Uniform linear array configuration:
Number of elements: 24
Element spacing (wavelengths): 0.75
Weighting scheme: hann
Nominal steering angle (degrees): -30
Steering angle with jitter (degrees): -30.951
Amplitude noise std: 0.05
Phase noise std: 0.05

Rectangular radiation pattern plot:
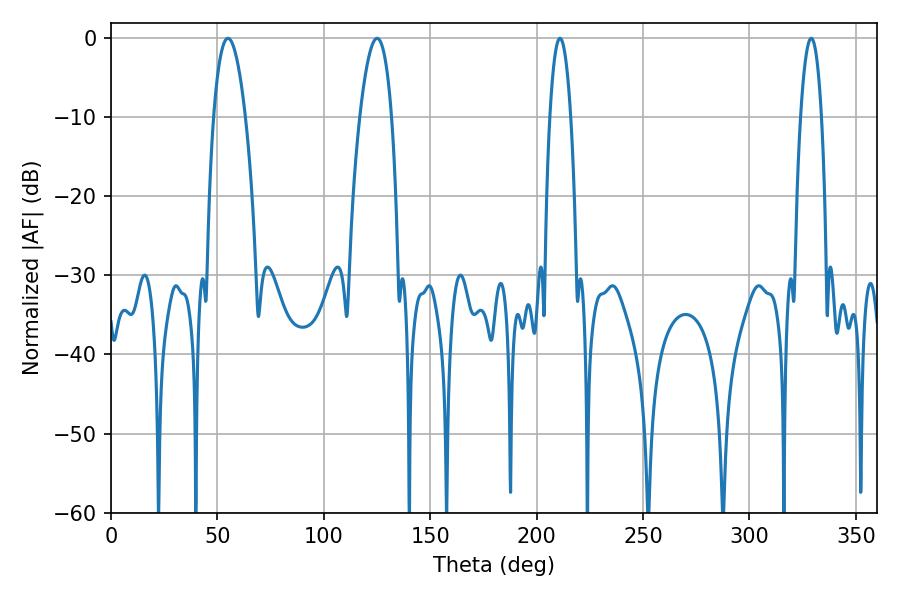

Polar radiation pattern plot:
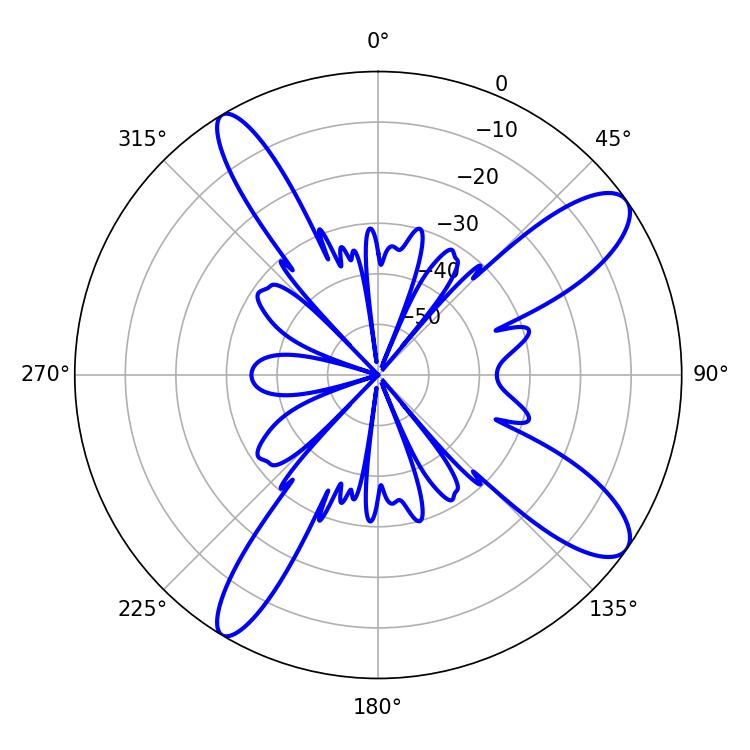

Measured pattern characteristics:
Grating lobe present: TRUE
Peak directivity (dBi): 11.287
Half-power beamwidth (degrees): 5.4
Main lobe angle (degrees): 210.96